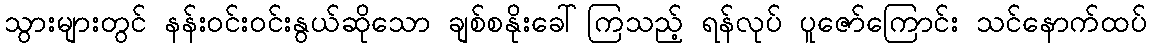
သွားများတွင် နန်းဝင်းဝင်းနွယ်ဆိုသော ချစ်စနိုးခေါ်ကြသည့် ရန်လုပ် ပူဇော်ကြောင်း သင်နောက်ထပ်